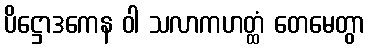
ပိဋ္ဌောဒကေန ဝါ သလာကဟတ္ထံ တေမေတွာ